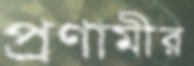
প্রণামীর